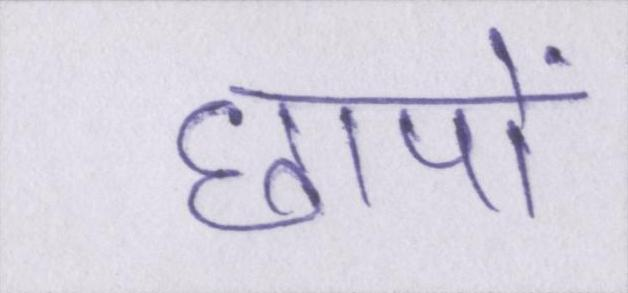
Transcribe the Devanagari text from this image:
छापों